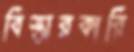
বিস্তারকারি